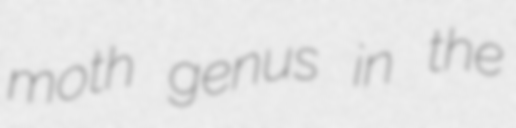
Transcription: moth genus in the